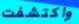
واكتشفت